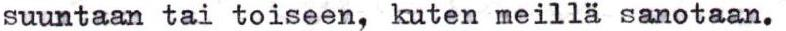
suuntaan tai toiseen, kuten meillä sanotaan.